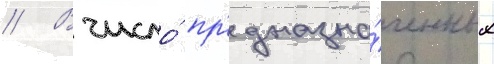
// В число́ пр'едназна́ченных